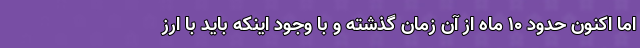
اما اکنون حدود ۱۰ ماه از آن زمان گذشته و با وجود اینکه باید با ارز